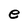
Character: e